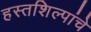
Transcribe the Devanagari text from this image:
हस्तशिल्पांचे